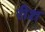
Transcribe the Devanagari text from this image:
रीश